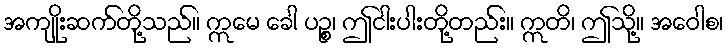
အကျိုးဆက်တို့သည်။ ဣမေ ခေါ ပဉ္စ၊ ဤငါးပါးတို့တည်း။ ဣတိ၊ ဤသို့။ အဝေါစ၊